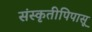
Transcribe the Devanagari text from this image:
संस्कृतीपिपासू